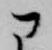
に